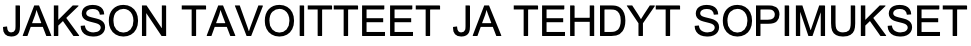
JAKSON TAVOITTEET JA TEHDYT SOPIMUKSET